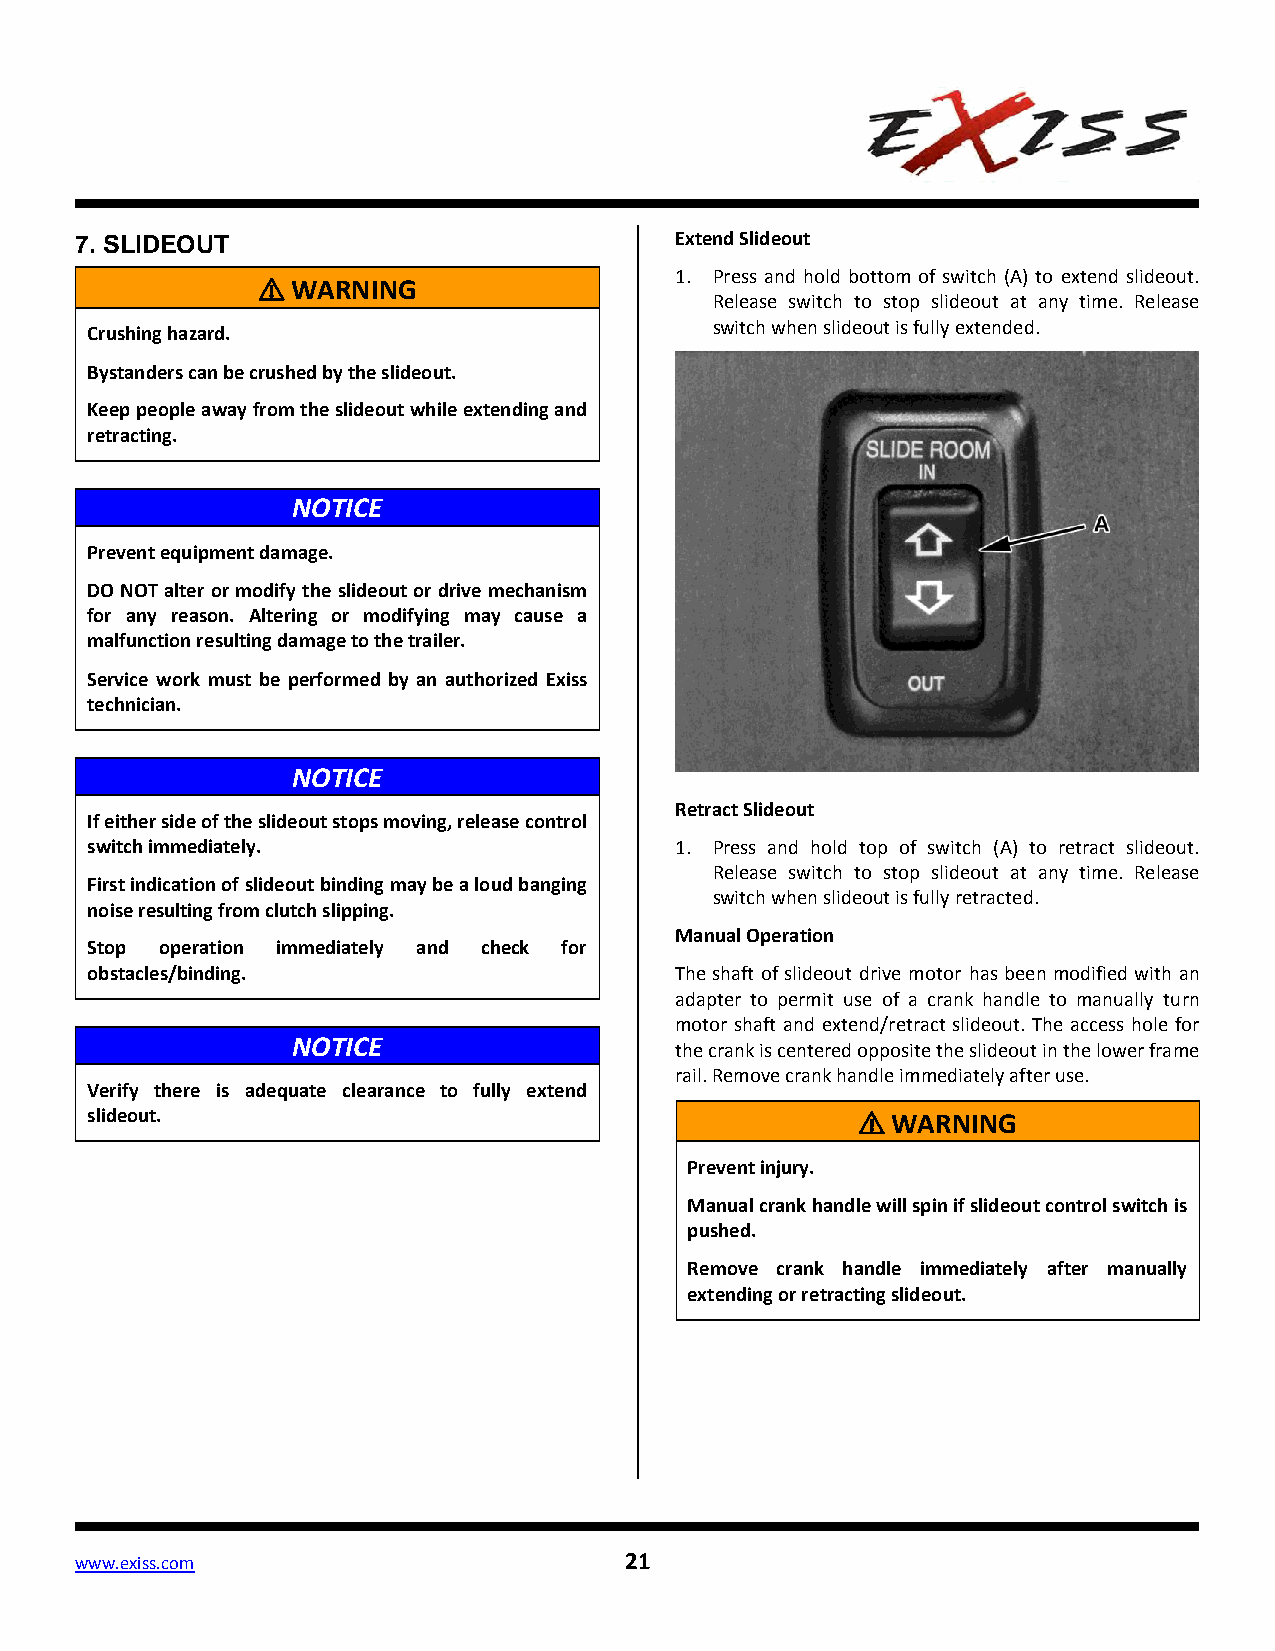
7. SLIDEOUT                             Extend Slideout
 1. Press and hold bottom of switch (A) to extend slideout.
 ⚠ WARNING
 Release switch to stop slideout at any time. Release
 switch when slideout is fully extended.
 Crushing hazard.
 Bystanders can be crushed by the slideout.
 Keep people away from the slideout while extending and
 retracting.
 NOTICE
 Prevent equipment damage.
 DO NOT alter or modify the slideout or drive mechanism
 for any reason. Altering or modifying may cause a
 malfunction resulting damage to the trailer.
 Service work must be performed by an authorized Exiss
 technician.
 NOTICE
 Retract Slideout
 If either side of the slideout stops moving, release control
 switch immediately.                    1. Press and hold top of switch (A) to retract slideout.
 Release switch to stop slideout at any time. Release
 First indication of slideout binding may be a loud banging
 switch when slideout is fully retracted.
 noise resulting from clutch slipping.
 Manual Operation
 Stop operation immediately and check for
 obstacles/binding.                     The shaft of slideout drive motor has been modified with an
 adapter to permit use of a crank handle to manually turn
 motor shaft and extend/retract slideout. The access hole for
 NOTICE
 the crank is centered opposite the slideout in the lower frame
 rail. Remove crank handle immediately after use.
 Verify there is adequate clearance to fully extend
 slideout.                                          ⚠ WARNING
 Prevent injury.
 Manual crank handle will spin if slideout control switch is
 pushed.
 Remove crank handle immediately after manually
 extending or retracting slideout.
 www.exiss.com                       21